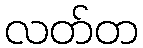
လတ်တ